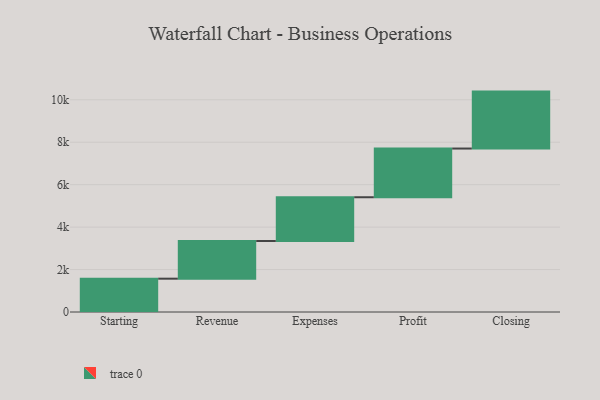
{"axis": {"x": "Step", "y": "Value"}, "legend": [""], "data": [{"x": "Starting", "y": 1570.0, "type": ""}, {"x": "Revenue", "y": 1775.0, "type": ""}, {"x": "Expenses", "y": 2063.0, "type": ""}, {"x": "Profit", "y": 2295.0, "type": ""}, {"x": "Closing", "y": 2683.0, "type": ""}]}